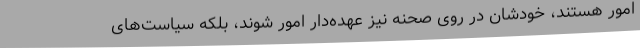
امور هستند، خودشان در روی صحنه نیز عهده‌دار امور شوند، بلکه سیاست‌های